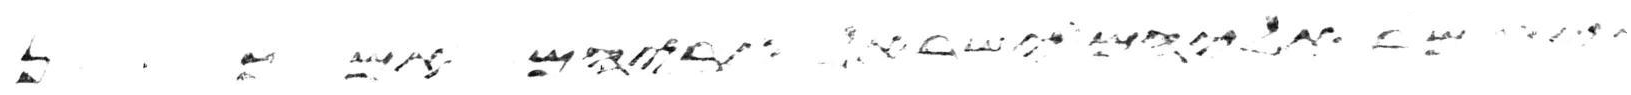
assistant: אליהם ישראל אביהם אם כן